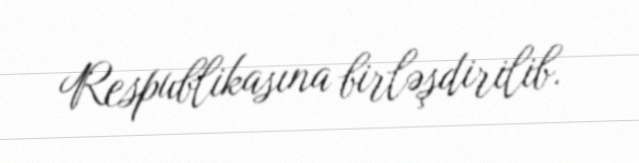
Respublikasına birləşdirilib.